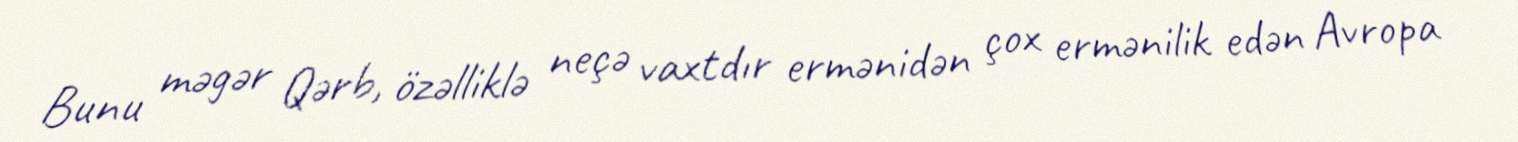
Bunu məgər Qərb, özəlliklə neçə vaxtdır ermənidən çox ermənilik edən Avropa